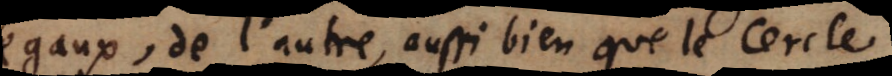
égaux, de l’autre, aussi bien que le Cercle